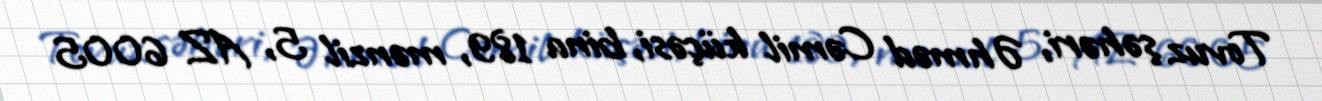
Tovuz şəhəri, Əhməd Cəmil küçəsi, bina 189, mənzil 5, AZ 6005